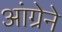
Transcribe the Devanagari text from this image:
आंग्रेने